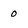
Character: 0